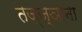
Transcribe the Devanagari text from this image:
तज्‍ज्ञांना